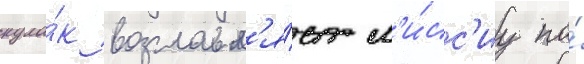
кула́к возглавл'я́ет м'и́сс'иу по́